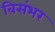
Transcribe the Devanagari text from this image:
बिसंभर